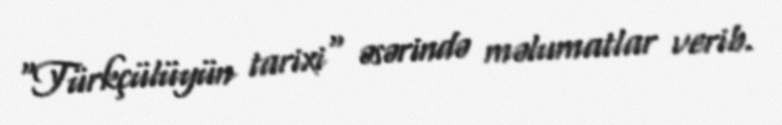
"Türkçülüyün tarixi" əsərində məlumatlar verib.